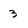
Character: 3